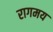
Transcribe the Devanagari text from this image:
रागमय